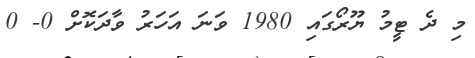
މި ދެ ޓީމު ޔޫރޯގައި 1980 ވަނަ އަހަރު ވާދަކޮށް 0- 0